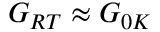
G _ { R T } \approx G _ { 0 K }